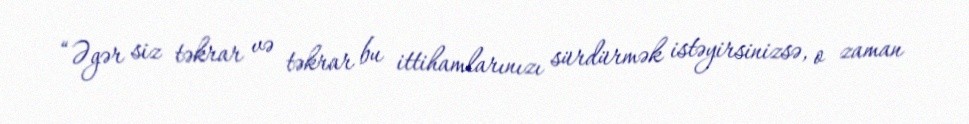
“Əgər siz təkrar və təkrar bu ittihamlarınızı sürdürmək istəyirsinizsə, o zaman